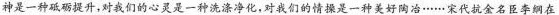
神是一种砥砺提升，对我们的心灵是一种洗涤净化，对我们的情操是一种美好陶冶……宋代抗金名臣李纲在